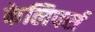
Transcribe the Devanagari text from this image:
केलिपर्स